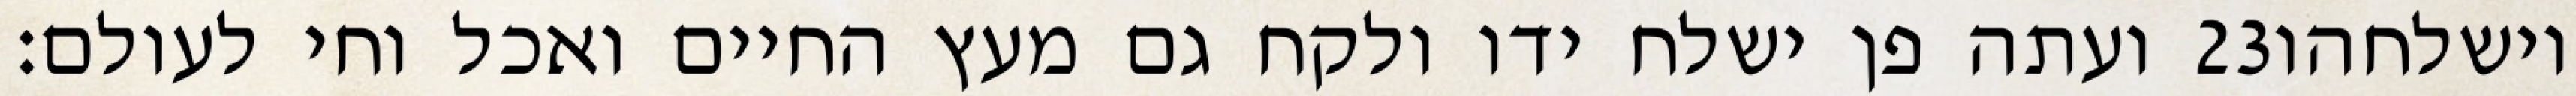
ועתה פן ישלח ידו ולקח גם מעץ החיים ואכל וחי לעולם׃ ‎23‏ וישלחהו